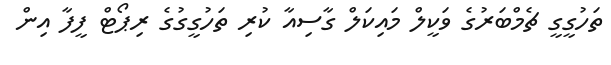
ތަހުގީގީ ޗެމްބަރުގެ ވަކީލް މައިކަލް ގާސިއާ ކުރި ތަހުގީގުގެ ރިޕޯޓް ފީފާ އިން